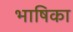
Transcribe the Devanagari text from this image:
भाषिका